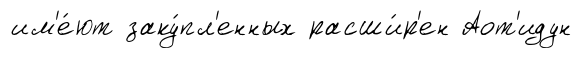
им'е́ют заку́пл'енных расши́р'ен Аот'идун